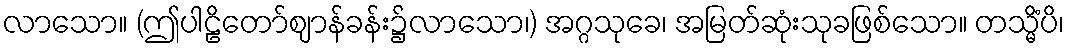
လာသော။ (ဤပါဠိတော်ဈာန်ခန်း၌လာသော၊) အဂ္ဂသုခေ၊ အမြတ်ဆုံးသုခဖြစ်သော။ တသ္မိံပိ၊